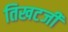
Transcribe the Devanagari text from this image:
तिखटजी